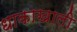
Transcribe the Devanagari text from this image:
धाकाखाली